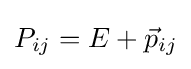
P_{ij}=E+{\vec {p}}_{ij}